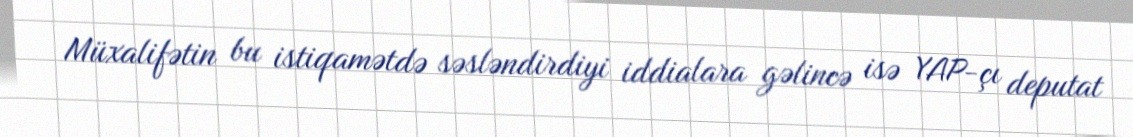
Müxalifətin bu istiqamətdə səsləndirdiyi iddialara gəlincə isə YAP-çı deputat